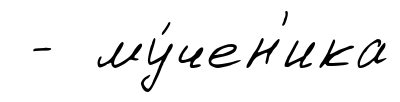
- му́чен'ика